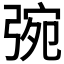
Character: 𢏿